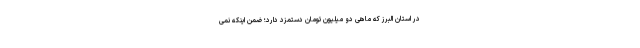
در استان البرز که ماهی دو میلیون تومان دستمزد دارد؛ ضمن اینکه نمی